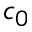
c _ { 0 }